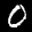
Label: 0